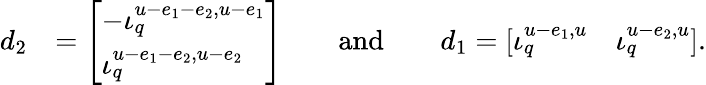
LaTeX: \begin{array}{rl}{d_{2}}&{=\left[\begin{array}{l}{-\iota_{q}^{u-e_{1}-e_{2},u-e_{1}}}\\ {\iota_{q}^{u-e_{1}-e_{2},u-e_{2}}}\end{array}\right]\qquad\mathrm{and}\qquad d_{1}=[\iota_{q}^{u-e_{1},u}\quad\iota_{q}^{u-e_{2},u}].}\end{array}